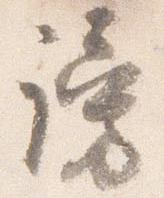
謗